[Report on the health of British troops in the Madras command]
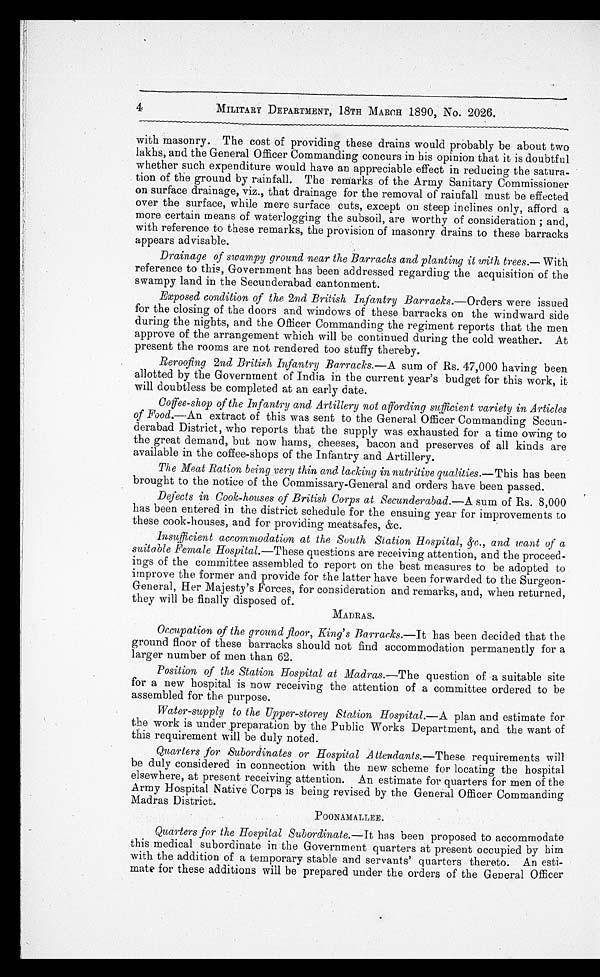
4
MILITARY DEPARTMENT, 18TH MARCH 1890, No. 2026.
with masonry. The cost of providing these drains would probably be about two
lakhs, and the General Officer Commanding concurs in his opinion that it is doubtful
whether such expenditure would have an appreciable effect in reducing the satura
-tion of the ground by rainfall. The remarks of the Army Sanitary Commissioner
on surface drainage, viz., that drainage for the removal of rainfall must be effected
over the surface, while mere surface cuts, except on steep inclines only, afford a
more certain means of waterlogging the subsoil, are worthy of consideration; and,
with reference to these remarks, the provision of masonry drains to these barracks
appears advisable.
Drainage of swampy ground near the Barracks and planting it with trees .—With
reference to this, Government has been addressed regarding the acquisition of the
swampy land in the Secunderabad cantonment.
Exposed condition of the 2 nd British Infantry Barracks .—Orders were issued
for the closing of the doors and windows of these barracks on the windward side
during the nights, and the Officer Commanding the regiment reports that the men
approve of the arrangement which will be continued during the cold weather. At
present the rooms are not rendered too stuffy thereby.
Reroofing 2nd British Infantry Barracks .—A sum of Rs. 47,000 having been
allotted by the Government of India in the current year's budget for this work, it
will doubtless be completed at an early date.
Coffee-shop of the Infantry and Artillery not affording sufficient variety in Articles
of Food .—An extract of this was sent to the General Officer Commanding Secun
-derabad District, who reports that the supply was exhausted for a time owing to
the great demand, but now hams, cheeses, bacon and preserves of all kinds are
available in the coffee-shops of the Infantry and Artillery.
The Meat Ration being very thin and lacking in nutritive qualities .—This has been
brought to the notice of the Commissary-General and orders have been passed.
Defects in Cook-houses of British Corps at Secunderabad .—A sum of Rs. 8,000
has been entered in the district schedule for the ensuing year for improvements to
these cook-houses, and for providing meatsafes, &c.
Insufficient accommodation at the South Station Hospital, &c., and want of a
suitable Female Hospital .—These questions are receiving attention, and the proceed
-ings of the committee assembled to report on the best measures to be adopted to
improve the former and provide for the latter have been forwarded to the Surgeon-
General, Her Majesty's Forces, for consideration and remarks, and, when returned,
they will be finally disposed of.
MADRAS.
Occupation of the ground floor, King's Barracks .—It has been decided that the
ground floor of these barracks should not find accommodation permanently for a
larger number of men than 62.
Position of the Station Hospital at Madras .—The question of a suitable site
for a new hospital is now receiving the attention of a committee ordered to be
assembled for the purpose.
Water-supply to the Upper-storey Station Hospital .—A plan and estimate for
the work is under preparation by the Public Works Department, and the want of
this requirement will be duly noted.
Quarters for Subordinates or Hospital Attendants .—These requirements will
be duly considered in connection with the new scheme for locating the hospital
elsewhere, at present receiving attention. An estimate for quarters for men of the
Army Hospital Native Corps is being revised by the General Officer Commanding
Madras District.
POONAMALLEE.
Quarters for the Hospital Subordinate .—It has been proposed to accommodate
this medical subordinate in the Government quarters at present occupied by him
with the addition of a temporary stable and servants' quarters thereto. An esti
-mate for these additions will be prepared under the orders of the General Officer